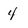
Character: 4